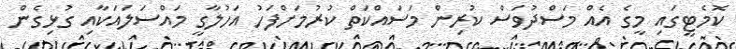
ކޮމެޓީގައި މީގެ އެއް މަސްދުވަސް ކުރިން މަސައްކަތް ކުރުމަށްފަހު އަހުލާގީ މައްސަަލައަކާއި ގުޅިގެން